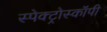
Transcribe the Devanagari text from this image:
स्पेक्ट्रोस्कॉपी